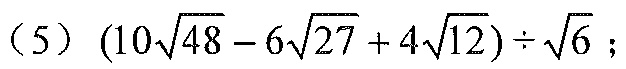
(5) \((10\sqrt{48}-6\sqrt{27}+4\sqrt{12})\div\sqrt{6}\);